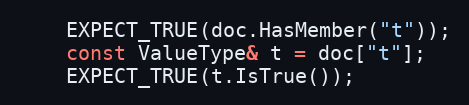
Language: C++
    EXPECT_TRUE(doc.HasMember("t"));
    const ValueType& t = doc["t"];
    EXPECT_TRUE(t.IsTrue());